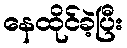
နေထိုင်ခဲ့ပြီး